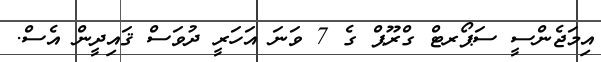
އިމަޖެންސީ ސަޕޯރޓް ގްރޫޕް ގެ 7 ވަނަ އަހަރީ ދުވަސް ޤައިދީން އެސް.